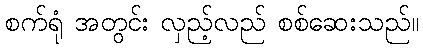
စက်ရုံ အတွင်း လှည့်လည် စစ်ဆေးသည်။